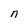
Character: n